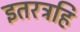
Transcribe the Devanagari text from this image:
इतरत्रहि